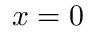
x = 0